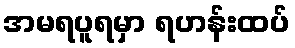
အမရပူရမှာ ရဟန်းထပ်